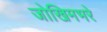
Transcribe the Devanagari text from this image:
जोखिमभरे